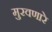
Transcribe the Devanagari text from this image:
मुरवणारे